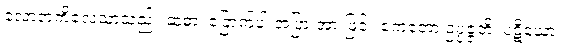
လောဘကိလေသာသည်။ ဆဓာ၊ ခြောက်ပါးအပြားအားဖြင့်။ ဧကတော ဥပ္ပဇ္ဇတိ၊ ပဋိဃော၊